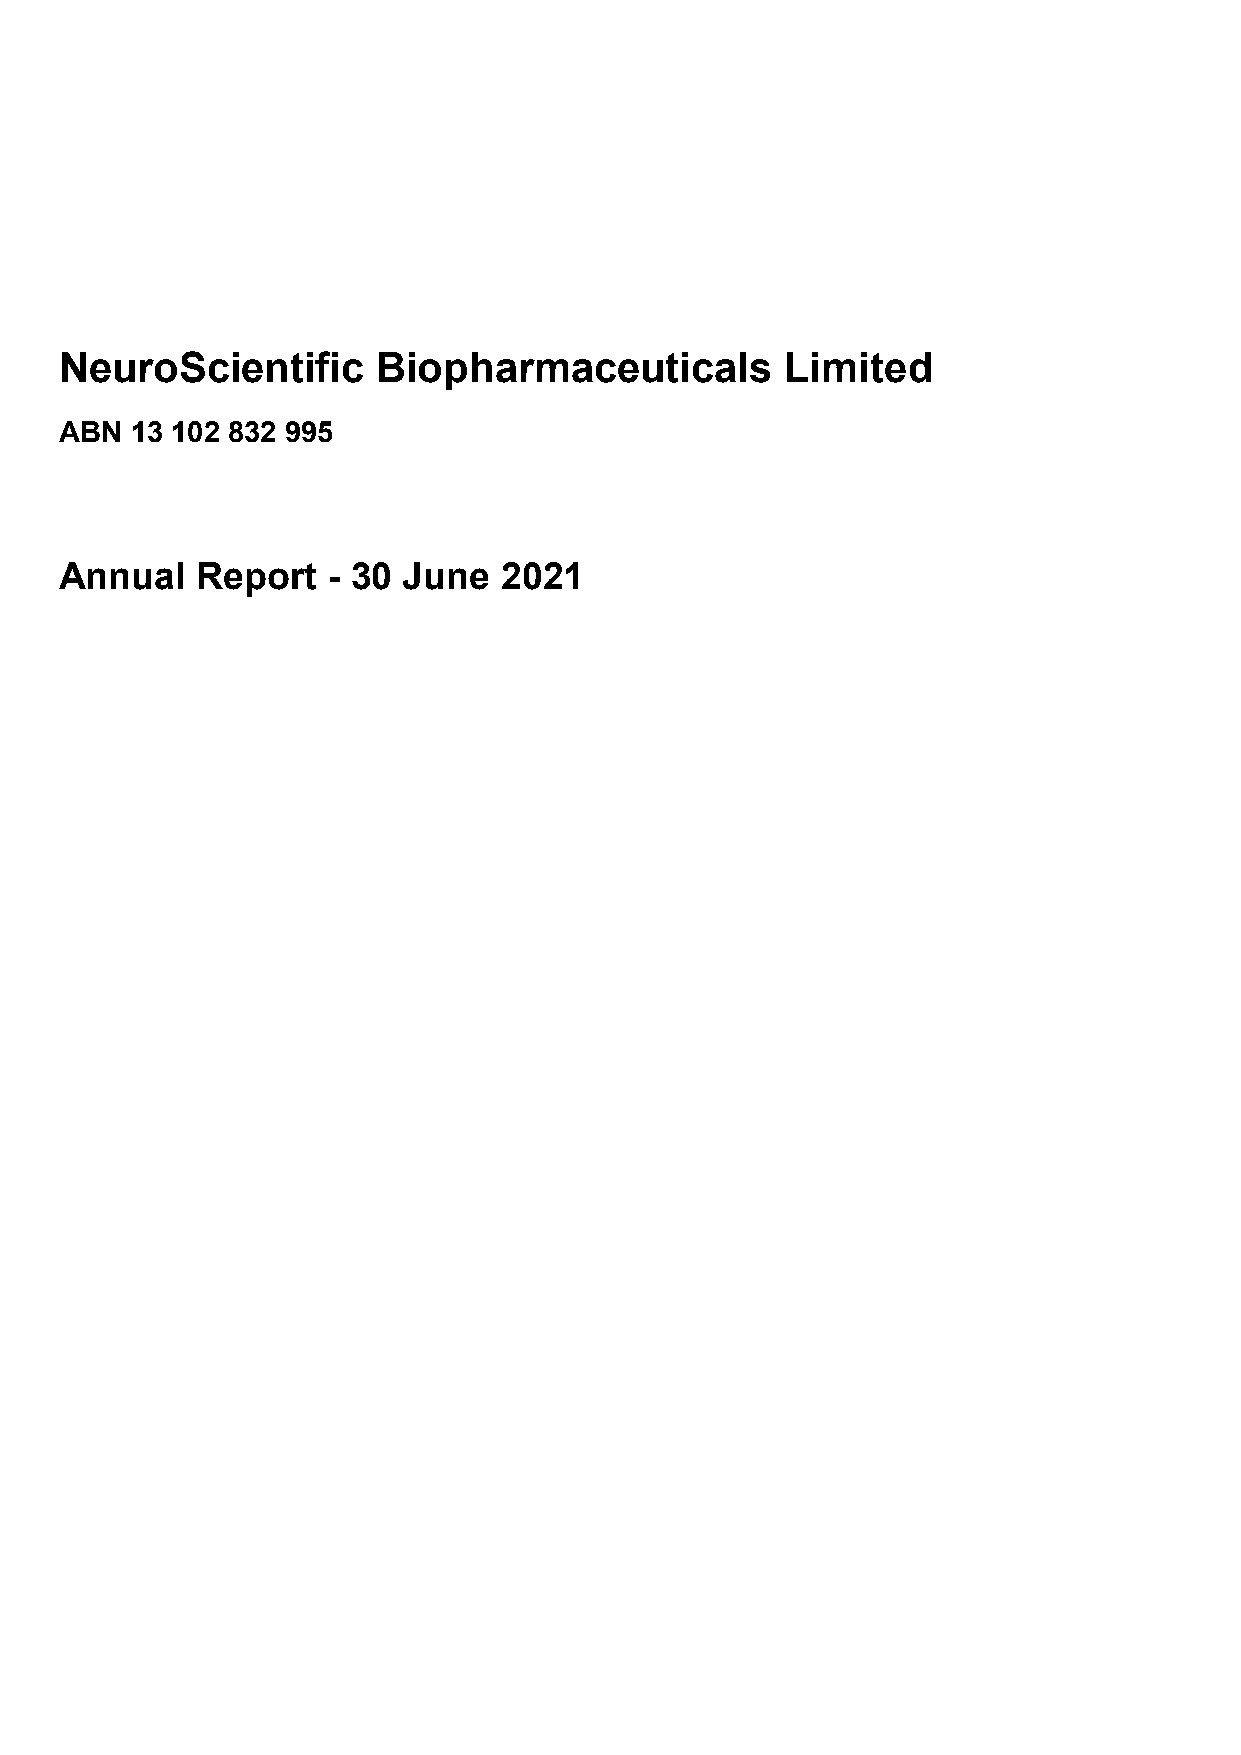
NeuroScientific      Biopharmaceuticals         Limited
 ABN  13 102 832 995
 Annual   Report   - 30 June  2021